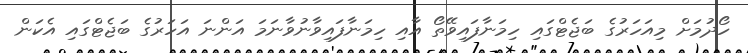
ހޯދުމަށް މިއަހަރުގެ ބަޖެޓްގައި ހިމަނާފައިވޭތޯ އާއި ހިމަނާފައިވާނުވާނަމަ އަންނަ އަހަރުގެ ބަޖެޓްގައި އެކަން